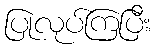
ပြုလုပ်ကြပြီး